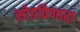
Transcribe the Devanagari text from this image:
सोडविणारा